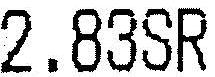
2.83SR